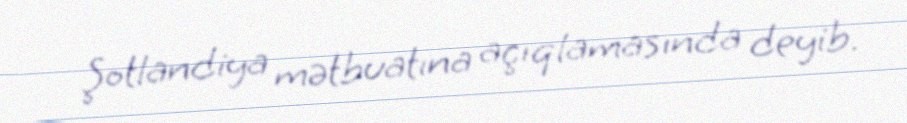
Şotlandiya mətbuatına açıqlamasında deyib.